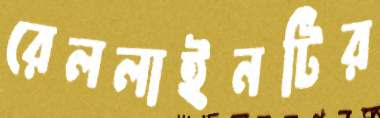
রেললাইনটির